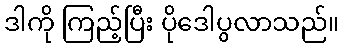
ဒါကို ကြည့်ပြီး ပိုဒေါပွလာသည်။